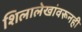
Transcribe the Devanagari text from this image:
शिलालेखांवरूनही